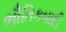
ભૌતિકવાદી